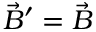
\vec { B } ^ { \prime } = \vec { B }